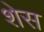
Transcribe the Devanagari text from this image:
शेस